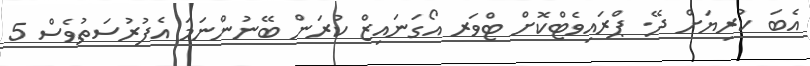
އެބަ ކުރިޔަށް ދޭ. ޕްރައިވެޓްކޮށް ޓްވަރ އޯގަނައިޒް ކުރަން ބޭނުންނަމަ އެފުރުސަތުވެސް 5